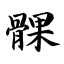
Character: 髁